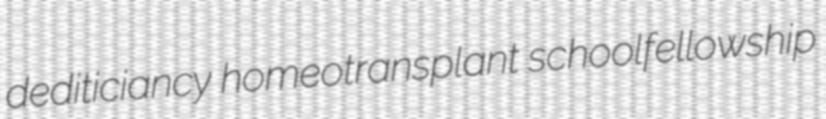
dediticiancy homeotransplant schoolfellowship